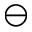
\ominus